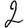
Digit: 2